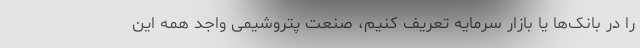
را در بانک‌ها یا بازار سرمایه تعریف کنیم، صنعت پتروشیمی واجد همه این